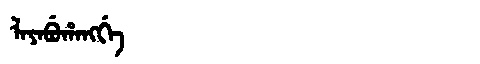
Manchu: ᠯᠠᠶᠠᠪᡠᡥᠠᠩᡤᡝ
Romanization: LAYABUHANGGE